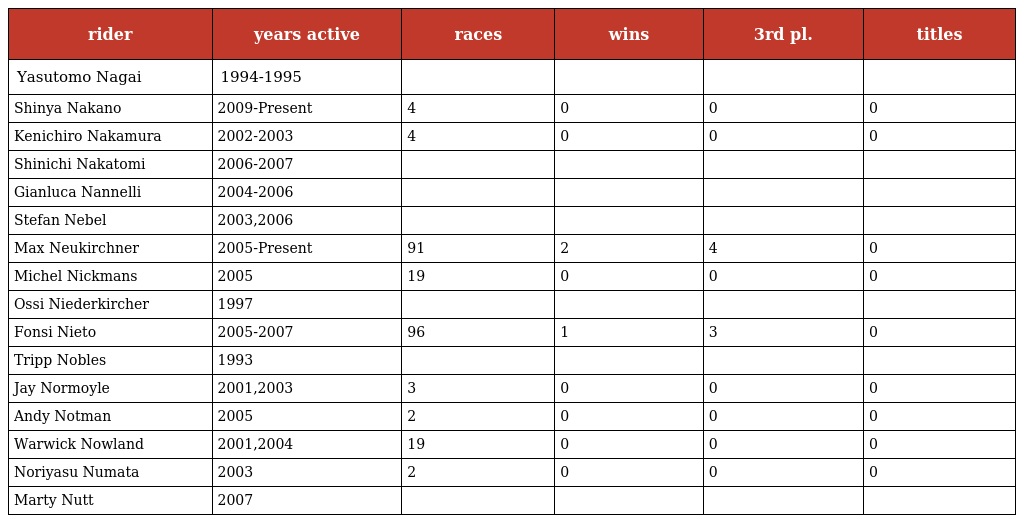
| rider | years active | races | wins | 3rd pl. | titles |
 | --- | --- | --- | --- | --- | --- |
 | Yasutomo Nagai | 1994-1995 |  |  |  |  |
 | Shinya Nakano | 2009-Present | 4 | 0 | 0 | 0 |
 | Kenichiro Nakamura | 2002-2003 | 4 | 0 | 0 | 0 |
 | Shinichi Nakatomi | 2006-2007 |  |  |  |  |
 | Gianluca Nannelli | 2004-2006 |  |  |  |  |
 | Stefan Nebel | 2003,2006 |  |  |  |  |
 | Max Neukirchner | 2005-Present | 91 | 2 | 4 | 0 |
 | Michel Nickmans | 2005 | 19 | 0 | 0 | 0 |
 | Ossi Niederkircher | 1997 |  |  |  |  |
 | Fonsi Nieto | 2005-2007 | 96 | 1 | 3 | 0 |
 | Tripp Nobles | 1993 |  |  |  |  |
 | Jay Normoyle | 2001,2003 | 3 | 0 | 0 | 0 |
 | Andy Notman | 2005 | 2 | 0 | 0 | 0 |
 | Warwick Nowland | 2001,2004 | 19 | 0 | 0 | 0 |
 | Noriyasu Numata | 2003 | 2 | 0 | 0 | 0 |
 | Marty Nutt | 2007 |  |  |  |  |